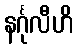
နင်္ဂုလီဟိ